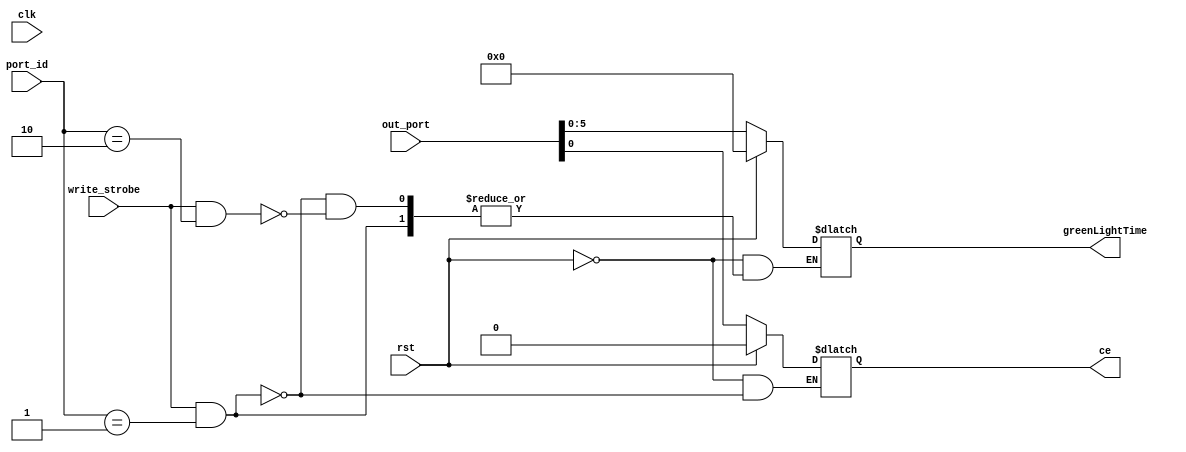
`timescale 1ns / 1ps

module decoder(input [7:0] out_port, input [7:0] port_id, input write_strobe, input clk, input rst, output reg ce, output reg [5:0] greenLightTime);
    
    always@(*) begin
        if(rst) begin
        ce <= 1'b0;
        greenLightTime <= 6'b000000;
        end
        else begin
            if(write_strobe && port_id == 1) ce <= out_port;
            else if(write_strobe && port_id == 2) greenLightTime <= out_port;
        end
    end

endmodule